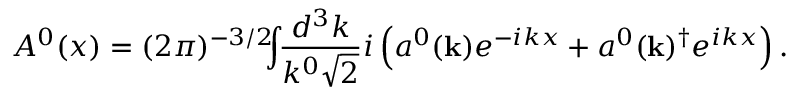
A ^ { 0 } ( x ) = ( 2 \pi ) ^ { - 3 / 2 } \! \! \! \int \! \! \frac { d ^ { 3 } k } { k ^ { 0 } \sqrt { 2 } } i \left( a ^ { 0 } ( { \mathbf { k } } ) e ^ { - i k x } + a ^ { 0 } ( { \mathbf { k } } ) ^ { \dagger } e ^ { i k x } \right) . \nonumber \,